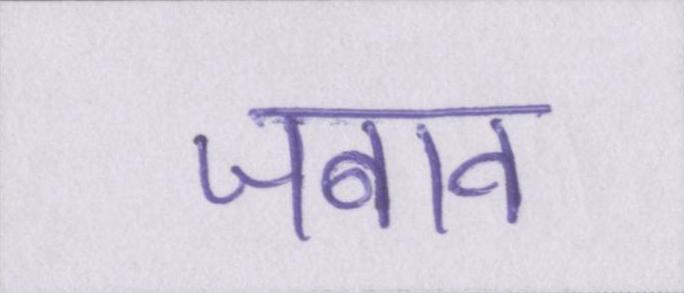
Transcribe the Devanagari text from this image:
जबाव